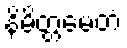
နိမိတ္တမေတံ